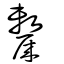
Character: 斄